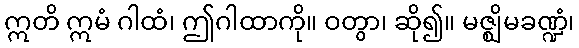
ဣတိ ဣမံ ဂါထံ၊ ဤဂါထာကို။ ဝတွာ၊ ဆို၍။ မဇ္ဈိမခဏ္ဍံ၊